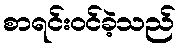
စာရင်းဝင်ခဲ့သည်